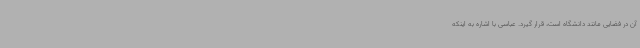
آن در فضایی مانند دانشگاه است، قرار گیرد. عباسی با اشاره به اینکه